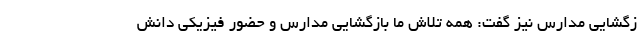
زگشایی مدارس نیز گفت: همه تلاش ما بازگشایی مدارس و حضور فیزیکی دانش